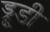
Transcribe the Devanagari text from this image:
ड्रूडी